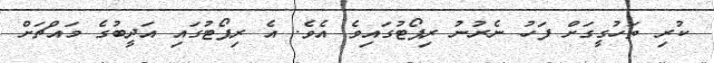
ކުރި ތަހުގީގަށް ފަހު ނެރުނު ރިޕޯޓުގައިވެ އެވެ. އެ ރިޕޯޓުގައި އަދީބުގެ މައްޗަށް